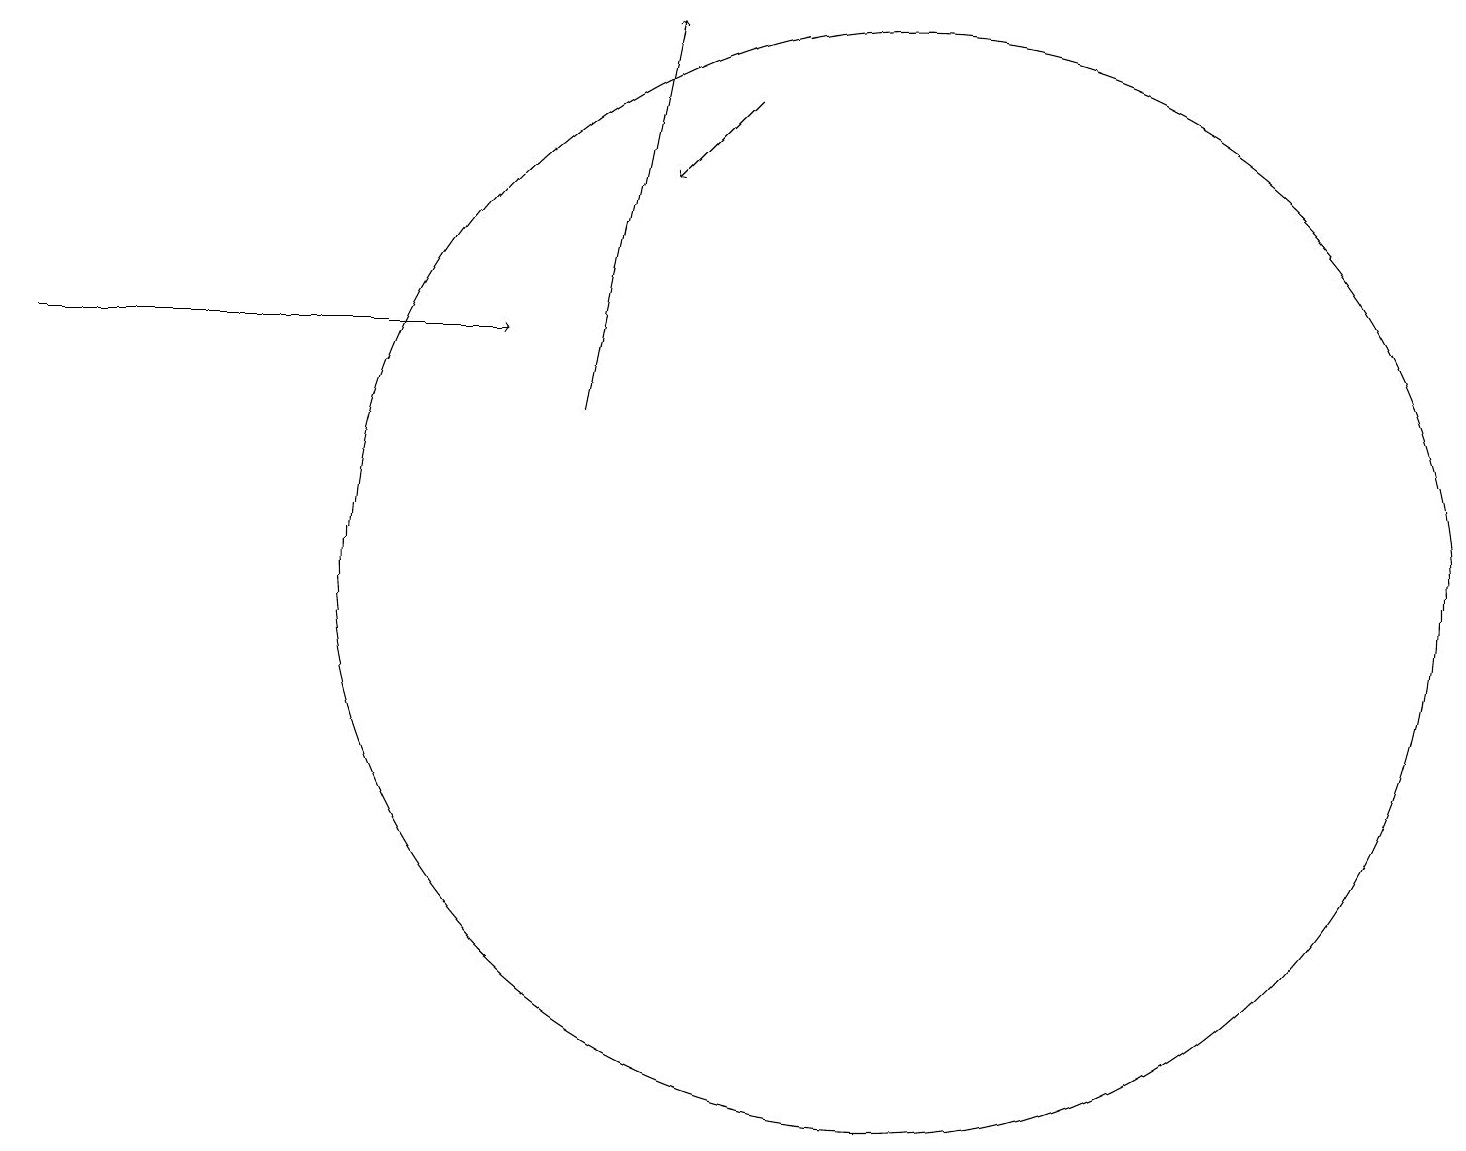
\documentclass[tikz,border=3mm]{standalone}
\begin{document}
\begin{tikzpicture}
\draw[->] (7,12) -- (8,17);
\draw[->] (9,16) -- (8,15);
\draw[->] (0,13) -- (6,13);
\draw (11,10) circle (7);
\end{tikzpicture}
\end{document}